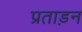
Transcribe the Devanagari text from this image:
प्रताड़न